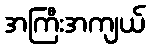
အကြီးအကျယ်